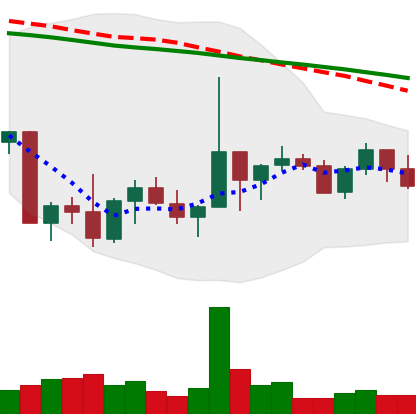
Ticker: NEO-USD
Chart end date: 2022-10-06
Forward return: -6.413%
Label: down_5_7